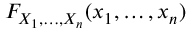
F _ { X _ { 1 } , \ldots , X _ { n } } ( x _ { 1 } , \ldots , x _ { n } )